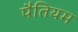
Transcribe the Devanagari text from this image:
पैतियम